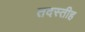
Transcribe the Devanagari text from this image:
तदस्तीह